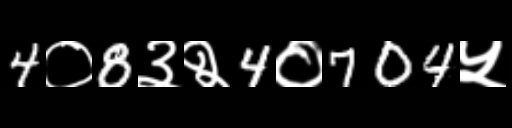
Text: 4०8३२4०704५